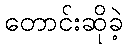
တောင်းဆိုခဲ့